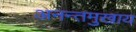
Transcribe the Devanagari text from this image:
अनन्तमुखाय